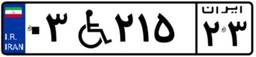
۰۳W۲۱۵۲۳